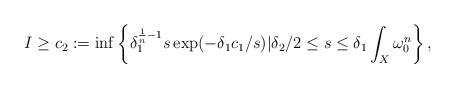
LaTeX: \begin{align*}I\ge c_2:=\inf\left\{\delta_1^{\frac1n-1}s\exp(-\delta_1c_1/s)|\delta_2/2\le s\le\delta_1\int_X\omega_0^n\right\},\end{align*}